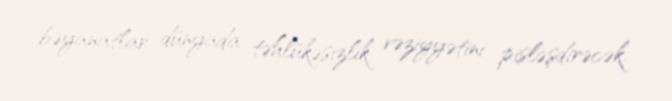
bəyanatlar dünyada təhlükəsizlik vəziyyətini pisləşdirəcək.